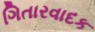
ગિતારવાદક